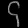
Digit: ၄